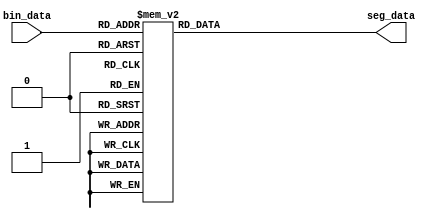

module seg_decoder
(
	input[3:0]      bin_data,     
	output reg[6:0] seg_data      
);

always@(*)
begin
	case(bin_data)
          4'd0:seg_data <= 7'b011_1111;
          4'd1:seg_data <= 7'b000_0110;
          4'd2:seg_data <= 7'b101_1011;
          4'd3:seg_data <= 7'b100_1111;
          4'd4:seg_data <= 7'b110_0110;
          4'd5:seg_data <= 7'b110_1101;
          4'd6:seg_data <= 7'b111_1101;
          4'd7:seg_data <= 7'b000_0111;
          4'd8:seg_data <= 7'b111_1111;
          4'd9:seg_data <= 7'b110_1111;

        default:seg_data <= 7'b000_0000;
	endcase
end
endmodule